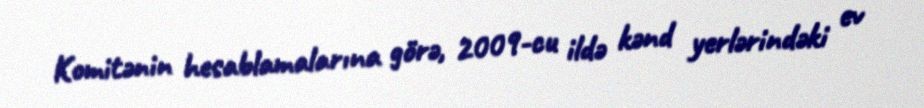
Komitənin hesablamalarına görə, 2009-cu ildə kənd yerlərindəki ev